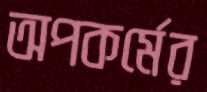
অপকর্মের